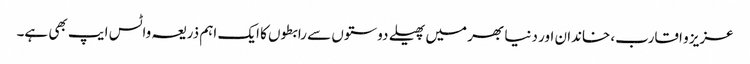
عزیز و اقارب، خاندان اور دنیا بھر میں پھیلے دوستوں سے رابطوں کا ایک اہم ذریعہ واٹس ایپ بھی ہے۔